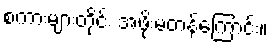
စကားများတိုင်း အဖိုးမတန်ကြောင်း။